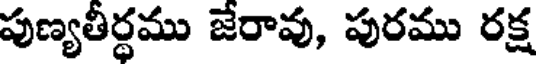
పుణ్యతీర్థము జేరావు, పురము రక్ష